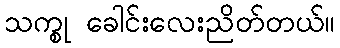
သက္စု ခေါင်းလေးညိတ်တယ်။